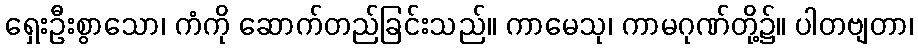
ရှေးဦးစွာသော၊ ကံကို ဆောက်တည်ခြင်းသည်။ ကာမေသု၊ ကာမဂုဏ်တို့၌။ ပါတဗျတာ၊